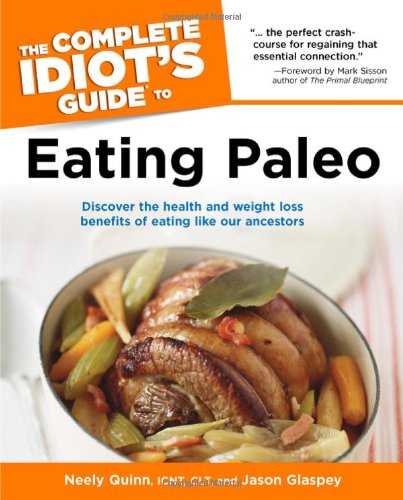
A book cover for The Complete Idiot's Guide to Eating Paleo (Idiot's Guides); Neely Quinn; Health, Fitness & Dieting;